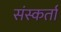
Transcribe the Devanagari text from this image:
संस्कर्ता